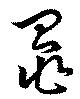
鼂